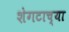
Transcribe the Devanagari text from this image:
शेगटाच्या